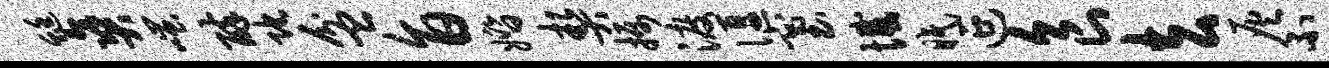
蜓爽嗤醉陀盆旨婚契摄渡偃塞憾眠延食去灰不